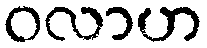
ဝလာဟ